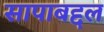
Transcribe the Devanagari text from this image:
सापाबद्दल